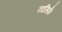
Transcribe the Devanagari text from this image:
यासिर्फ